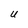
Character: U